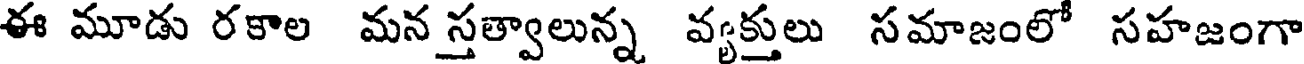
ఈ మూడు రకాల మన స్తత్వాలున్న వ్యక్తులు సమాజంలో సహజంగా